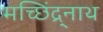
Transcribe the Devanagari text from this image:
मच्छिंद्र्नाथ